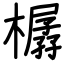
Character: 樼